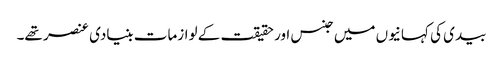
بیدی کی کہانیوں میں جنس اور حقیقت کے لوازمات بنیادی عنصر تھے۔